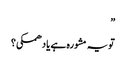
”
تو یہ مشورہ ہے یا دھمکی؟